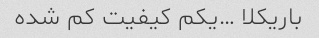
باریکلا …یکم کیفیت کم شده